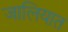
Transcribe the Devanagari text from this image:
जालियात